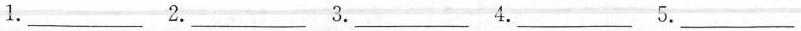
1. ___ 2. ___ 3. ___ 4. ___ 5. ___